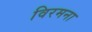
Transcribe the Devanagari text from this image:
विरमना